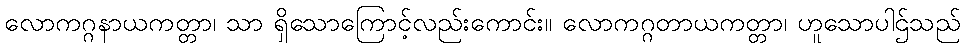
လောကဂ္ဂနာယကတ္တာ၊ သာ ရှိသောကြောင့်လည်းကောင်း။ လောကဂ္ဂတာယကတ္တာ၊ ဟူသောပါဌ်သည်